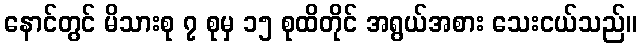
နောင်တွင် မိသားစု ၇ စုမှ ၁၅ စုထိတိုင် အရွယ်အစား သေးငယ်သည်။